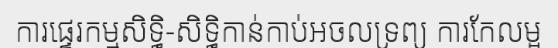
ការផ្ទេរកម្មសិទ្ធិ-សិទ្ធិកាន់កាប់អចលទ្រព្យ ការកែលម្អ